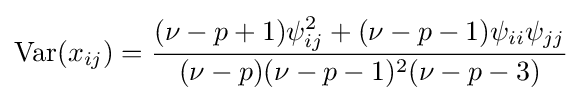
\operatorname {Var} (x_{ij})={\frac {(\nu -p+1)\psi _{ij}^{2}+(\nu -p-1)\psi _{ii}\psi _{jj}}{(\nu -p)(\nu -p-1)^{2}(\nu -p-3)}}